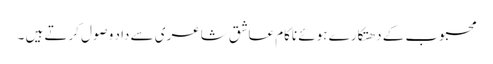
محبوب کے دھتکارے ہوئے ناکام عاشق شاعری سے داد وصول کرتے ہیں ۔